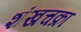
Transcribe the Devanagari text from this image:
शंखचक्रा